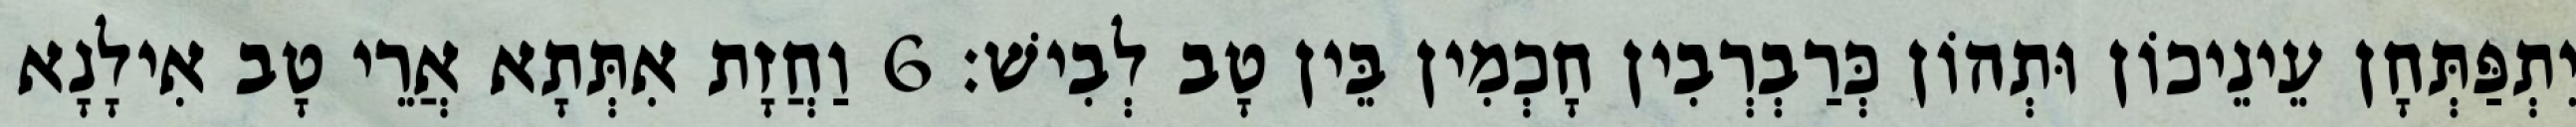
יִתְפַּתְּחָן עֵינֵיכוֹן וּתְהוֹן כְּרַבְרְבִין חָכְמִין בֵּין טָב לְבִישׁ׃ 6 וַחֲזָת אִתְּתָא אֲרֵי טָב אִילָנָא